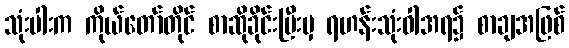
သုံးပါးက ကိုယ်တော်တိုင် စာဆိုခိုင်းပြီးမှ ရဟန်းသုံးဝါအရ၌ စာချအဖြစ်